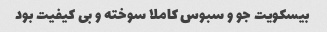
بیسکویت جو و سبوس کاملا سوخته و بی کیفیت بود